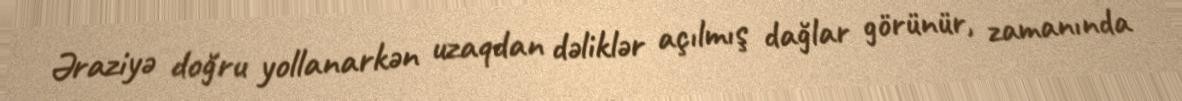
Əraziyə doğru yollanarkən uzaqdan dəliklər açılmış dağlar görünür, zamanında